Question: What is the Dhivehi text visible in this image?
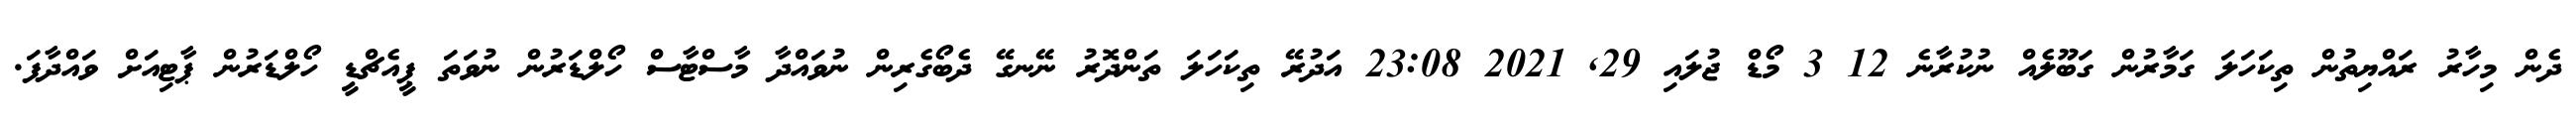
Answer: ދެން މިހާރު ރައްޔިތުން ތިކަހަލަ ގަމާރުން ގަބޫލެއް ނުކުރާނެ 12 3 މޯޑް ޖުލައި 29, 2021 23:08 އަދުރޭ ތިކަހަލަ ތަންދޮރު ނޭނގޭ ދެބޯގެރިން ނުވައްދާ މާސްޓާސް ހޯލްޑަރުން ނުވަތަ ޕީއެޗްޑީ ހޯލްޑަރުން ޕާޓިއަށް ވައްދާފަ.